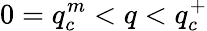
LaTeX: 0=q_{c}^{m}<q<q_{c}^{+}